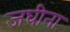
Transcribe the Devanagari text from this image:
जघीना